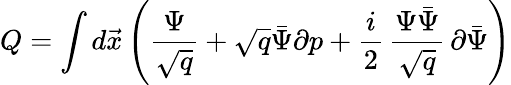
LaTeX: Q=\int d\vec{x}\left(\frac{\Psi}{\sqrt{q}}+\sqrt{q}\bar{\Psi}\partial p+\frac{i}{2}\, \frac{\Psi\bar{\Psi}}{\sqrt{q}}\, \partial\bar{\Psi}\right)